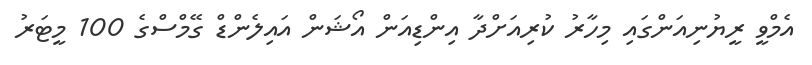
އެމްވީ ރީޔުނިއަންގައި މިހާރު ކުރިއަށްދާ އިންޑިއަން އޯޝަން އައިލެންޑް ގޭމްސްގެ 100 މީޓަރު